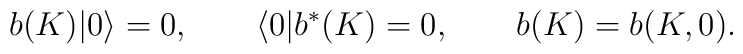
b(K)|0\rangle =0,\qquad \langle 0|b^{\ast }(K)=0,\qquad b(K)=b(K,0).